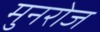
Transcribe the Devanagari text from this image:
मुनरोज